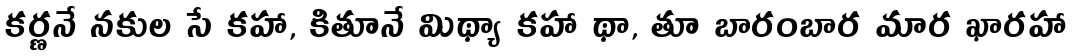
కర్ణనే నకుల సే కహా, కితూనే మిథ్యా కహా థా, తూ బారంబార మార ఖారహా